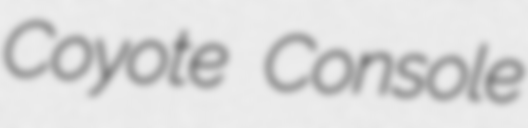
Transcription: Coyote Console